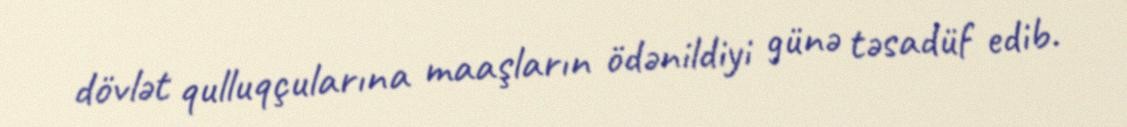
dövlət qulluqçularına maaşların ödənildiyi günə təsadüf edib.